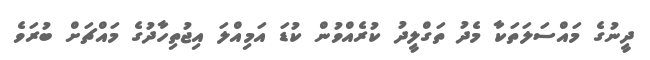
ދީނުގެ މައްސަލަތަކާ މެދު ތަގްލީދު ކުރެއްވުން ކުޑަ އަމިއްލަ އިޖުތިހާދުގެ މައްޗަށް ބުރަވެ